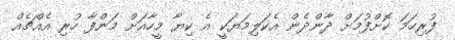
ފުރިހަމަ ކޮށްފުމަށް ދާންދެން އެކަލިމަޔަކީ އެ ކިޔާ މީހާއަށް މަންފާ ހުރި އެއްޗެއް